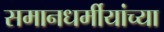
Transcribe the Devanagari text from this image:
समानधर्मीयांच्या